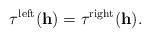
\begin{align*}\tau^{\mathrm{left}}(\mathbf{h})=\tau^{\mathrm{right}}(\mathbf{h}).\end{align*}